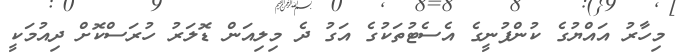
މިހާރު އައްޔުގެ ކުންފުނީގެ އެސެޓުތަކުގެ އަގު ދެ މިލިއަން ޑޮލަރު ހުރަސްކޮށް ދިއުމަކީ